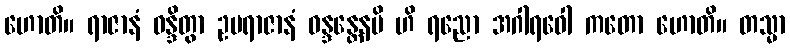
ဟောတိ။ ရာဇာနံ ဝန္ဒိတွာ ဥပရာဇာနံ ဝန္ဒန္တေနပိ ဟိ ရညော အဂါရဝေါ ကတော ဟောတိ။ တသ္မာ